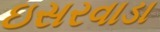
ઇસરવાડા